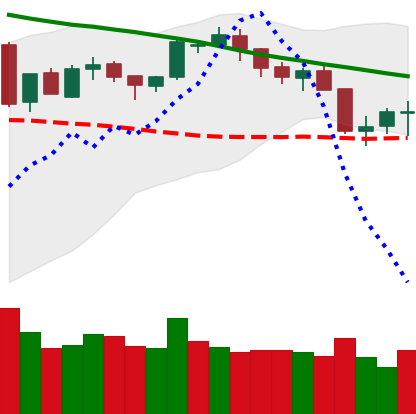
Ticker: BTC-USD
Chart end date: 2018-05-14
Forward return: -5.387%
Label: down_5_7